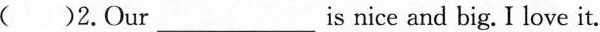
( )2.Our___is nice and big. I love it.